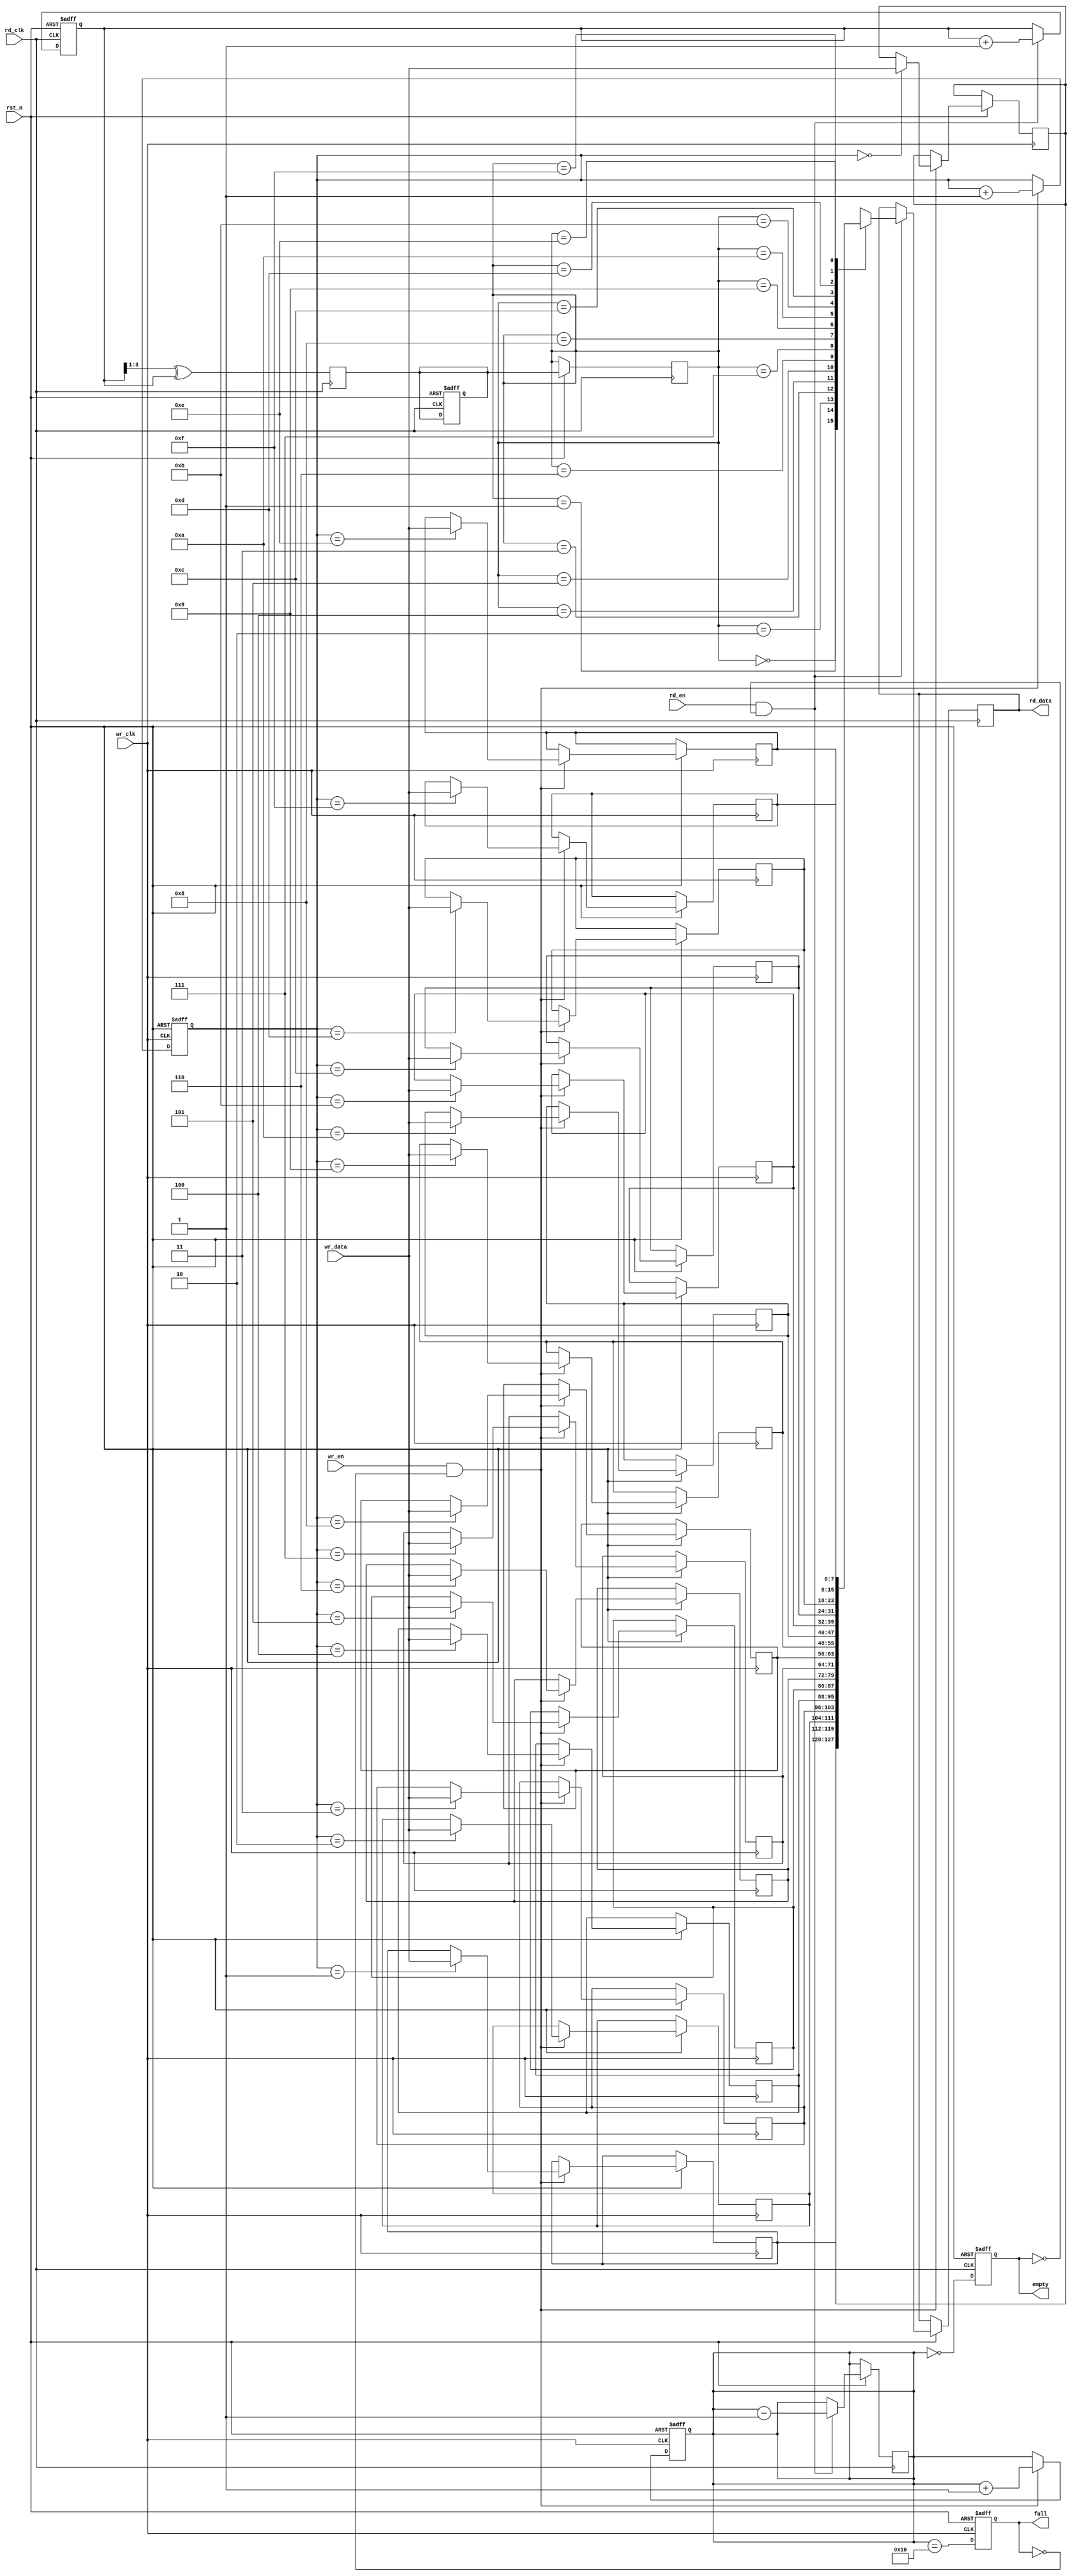
module dual_clock_fifo #(
    parameter DATA_WIDTH = 8,      // Width of each data entry
    parameter FIFO_DEPTH = 16       // Number of entries in the FIFO
)(
    input wire wr_clk,              // Write clock
    input wire rd_clk,              // Read clock
    input wire rst_n,               // Asynchronous reset (active low)
    input wire wr_en,               // Write enable
    input wire rd_en,               // Read enable
    input wire [DATA_WIDTH-1:0] wr_data, // Data to write
    output reg [DATA_WIDTH-1:0] rd_data, // Data to read
    output reg full,                // FIFO full flag
    output reg empty                // FIFO empty flag
);

    // Memory array for FIFO storage
    reg [DATA_WIDTH-1:0] fifo_mem [0:FIFO_DEPTH-1];

    // Write and read pointers
    reg [3:0] wr_ptr;               // Write pointer (4 bits for 16 depth)
    reg [3:0] rd_ptr;               // Read pointer (4 bits for 16 depth)

    // Gray code pointers for synchronization
    reg [3:0] wr_ptr_gray;
    reg [3:0] rd_ptr_gray;

    // Synchronization registers
    reg [3:0] rd_ptr_sync;

    // FIFO status
    reg [4:0] fifo_count;           // Count of entries in FIFO

    // Asynchronous reset
    always @(posedge wr_clk or negedge rst_n) begin
        if (!rst_n) begin
            wr_ptr <= 0;
            wr_ptr_gray <= 0;
            fifo_count <= 0;
            full <= 0;
        end else begin
            if (wr_en && !full) begin
                fifo_mem[wr_ptr] <= wr_data; // Write data to FIFO
                wr_ptr <= wr_ptr + 1;        // Increment write pointer
                wr_ptr_gray <= (wr_ptr + 1) ^ ((wr_ptr + 1) >> 1); // Update gray code
                fifo_count <= fifo_count + 1; // Increment FIFO count
            end
            // Update full flag
            full <= (fifo_count == FIFO_DEPTH);
        end
    end

    // Read operation
    always @(posedge rd_clk or negedge rst_n) begin
        if (!rst_n) begin
            rd_ptr <= 0;
            rd_ptr_gray <= 0;
            empty <= 1;
        end else begin
            // Synchronize read pointer
            rd_ptr_sync <= rd_ptr_gray;

            if (rd_en && !empty) begin
                rd_data <= fifo_mem[rd_ptr_sync]; // Read data from FIFO
                rd_ptr <= rd_ptr + 1;             // Increment read pointer
                fifo_count <= fifo_count - 1;     // Decrement FIFO count
            end
            // Update empty flag
            empty <= (fifo_count == 0);
        end
    end

    // Gray code pointer conversion for write pointer
    always @(posedge wr_clk) begin
        wr_ptr_gray <= (wr_ptr >> 1) ^ wr_ptr; // Convert binary to gray code
    end

    // Gray code pointer conversion for read pointer
    always @(posedge rd_clk) begin
        rd_ptr_gray <= (rd_ptr >> 1) ^ rd_ptr; // Convert binary to gray code
    end

endmodule